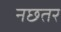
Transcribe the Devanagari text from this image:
नछतर